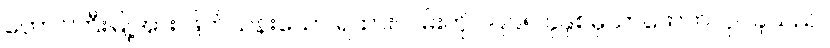
တောင်ကြီးမြို့အား ဖြတ်သန်းသော ရထားလမ်းကို ၁၉၉၅ ခုနှစ်မှသာဖောက်လုပ်ခဲ့သည်။